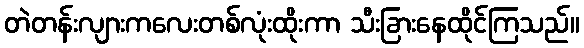
တဲတန်းလျားကလေးတစ်လုံးထိုးကာ သီးခြားနေထိုင်ကြသည်။